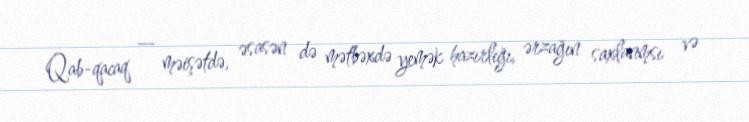
Qab-qacaq — məişətdə, əsasən də mətbəxdə yemək hazırlığı, ərzağın saxlanmsı və